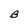
Character: B